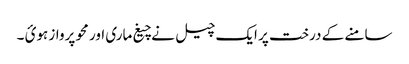
سامنے کے درخت پر ایک چیل نے چیغ ماری اور محو پرواز ہوئ ۔